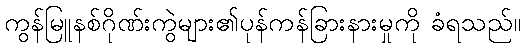
ကွန်မြူနစ်ဂိုဏ်းကွဲများ၏ပုန်ကန်ခြားနားမှုကို ခံရသည်။